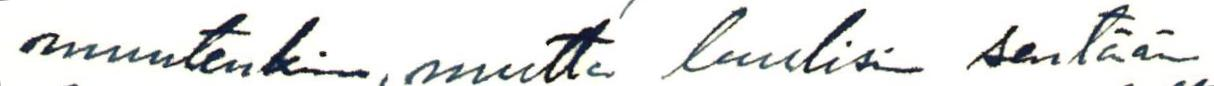
muutenkin, mutta luulisi sentään